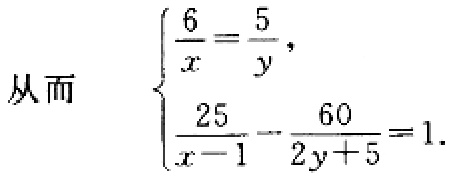
从而 $\begin{cases}\dfrac{6}{x}=\dfrac{5}{y},\\\dfrac{25}{x - 1}-\dfrac{60}{2y + 5}=1.\end{cases}$